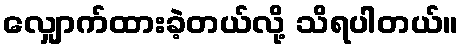
လျှောက်ထားခဲ့တယ်လို့ သိရပါတယ်။